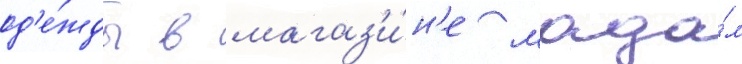
од'е́жды в магаз'и́н'е мада́м